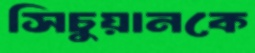
সিচুয়ানকে